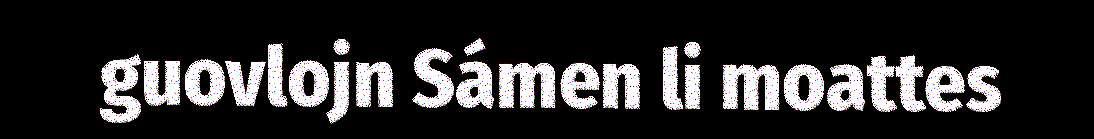
guovlojn Sámen li moattes